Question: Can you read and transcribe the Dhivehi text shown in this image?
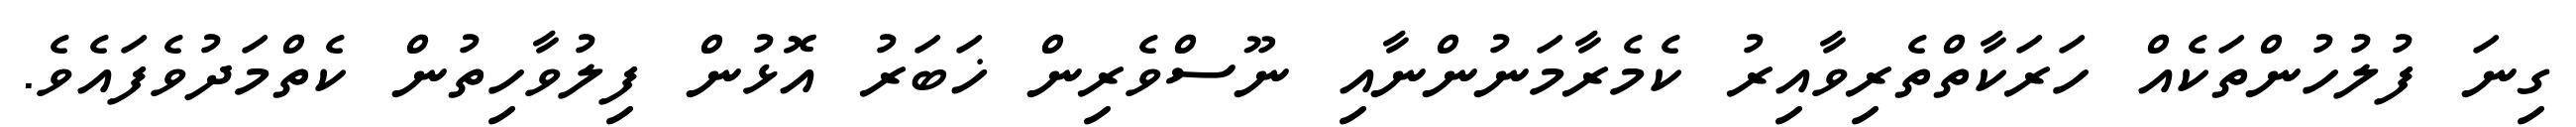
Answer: ގިނަ ފުލުހުންތަކެއް ހަރަކާތްތެރިވާއިރު ކެމެރާމަނުންނާއި ނޫސްވެރިން ޚަބަރު އޮޅުން ފިލުވާހިތުން ކެތްމަދުވެފައެވެ.